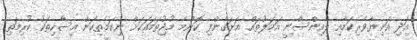
އަދި އަނިޔާވެރިކަމާއި ލާއިންސާނީ އަމަލުތައް އަށަގެންފި ކޮންމެ މުޖުތަމައަކަށް ނިކަމެތިކަން އިސާހިތަކު ކުރިމަތި